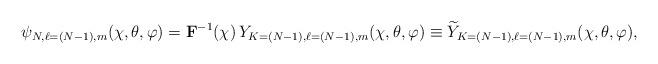
LaTeX: \begin{align*}\psi_{N, \ell=(N-1), m}(\chi, \theta, \varphi)={\mathbf F}^{-1}(\chi)\,Y_{K=(N-1), \ell=(N-1), m}(\chi ,\theta, \varphi)\equiv {\widetilde Y}_{K=(N-1), \ell=(N-1), m}(\chi,\theta,\varphi),\end{align*}